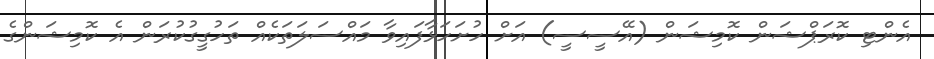
އެންޓި ކޮރަޕްޝަން ކޮމިޝަން (އޭސީސީ) އަށް ހުށަހަޅާފައިވާ މައްސަލަތަކެއް ތަހުގީގުކުރަން އެ ކޮމިޝަންގެ